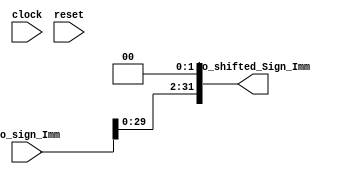
module Shifter(
  input         clock,
  input         reset,
  input  [31:0] io_sign_Imm,
  output [31:0] io_shifted_Sign_Imm
);
  wire [33:0] _io_shifted_Sign_Imm_T = {io_sign_Imm, 2'h0}; // @[Shifter.scala 11:40]
  assign io_shifted_Sign_Imm = _io_shifted_Sign_Imm_T[31:0]; // @[Shifter.scala 11:25]
endmodule